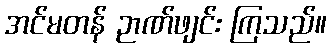
အင်မတန် ဉာဏ်ဖျင်း ကြသည်။